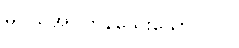
မပယ်အပ်ကုန်သေးသော။ ပါပ